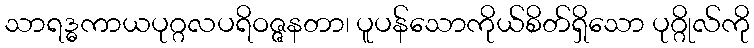
သာရဒ္ဓကာယပုဂ္ဂလပရိဝဇ္ဇနတာ၊ ပူပန်သောကိုယ်စိတ်ရှိသော ပုဂ္ဂိုလ်ကို